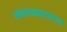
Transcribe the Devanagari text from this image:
वंगलमपलायम